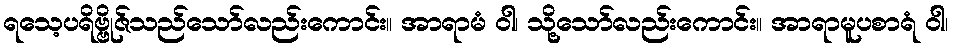
ရသေ့ပရိဗ္ဗိုဇ်သည်သော်လည်းကောင်း။ အာရာမံ ဝါ၊ သို့သော်လည်းကောင်း။ အာရာမူပစာရံ ဝါ၊